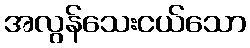
အလွန်သေးငယ်သော